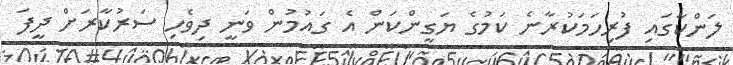
ލަންކާގައި ފުރިހަމަކުރާނެ ކަމުގެ ޔަގީންކަން އެ ގައުމުން ވަނީ ދިވެހި ސަރުކާރަށް ދީފަ